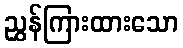
ညွှန်ကြားထားသော